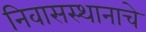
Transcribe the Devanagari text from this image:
निवासस्थानाचे